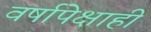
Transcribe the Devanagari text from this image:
वर्षापेक्षाही